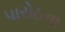
પારોઠના